Indian Civil Veterinary Department memoirs
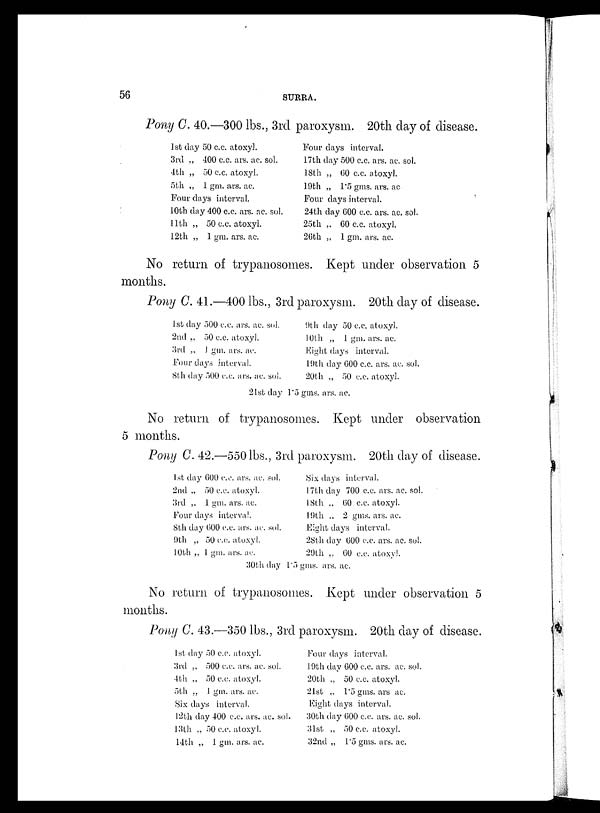
56
SURRA.
Pony C. 40.—300 lbs., 3rd paroxysm. 20th day of disease
1st day 50 c.c. atoxyl.
3rd „ 400 c.c. ars. ac. sol.
4th „ 50 c.c. atoxyl.
5th „ 1 gm. ars. ac.
Four days interval.
10th day 400 c.c. ars. ac. sol.
11th „ 50 c.c. atoxyl.
12th „ 1 gm. ars. ac.
Four days interval.
17th day 500 c.c. ars. ac. sol.
18th „ 60 c.c. atoxyl.
19th „ 1.5 gms. ars. ac.
Four days interval.
24th day G00 c.c. ars. ac. sol.
25th „ 60 c.c. atoxyl.
26th „ 1 gm. ars. ac.
No return of trypanosomes. Kept under observation 5
months.
Pony C. 41.—400 lbs., 3rd paroxysm. 20th day of disease.
1st day 500 c.c. ars. ac. sol,
2nd „ 50 c.c. atoxyl.
3rd „ 1 gm. ars. ac.
Four days interval.
8th day 500 c.c. ars. ac. sol.
9th day 50 c.c. atoxyl.
10th „ 1 gm. ars. ac.
Eight days interval.
19th day 600 c.c. ars. ac. sol.
20th „ 50 c.c. atoxyl.
21st day 1.5 gms. ars. ac.
No return of trypanosomes. Kept under observation
5 months.
Pony C. 42.—550 lbs., 3rd paroxysm. 20th day of disease.
1st day 600 c.c. ars. ac. sol.
2nd „ 50 c.c. atoxyl.
3rd „ 1 gm. ars. ac.
Four days interval.
8th day 600 c.c. ars. ac. sol.
9th „ 50 c.c. atoxyl.
10th „ 1 gm. ars. ac.
Six days interval.
17th day 700 c.c. ars. ac. sol.
18th ., 60 c.c. atoxyl.
19th ., 2 gms. ars. ac.
Eight days interval.
28th day 600 c.c. ars. ac. sol.
29th „ 60 c.c. atoxyl.
30th day 1.5 gms. ars. ac.
No return of trypanosomes. Kept under observation 5
months.
Pony C. 43.—350 lbs., 3rd paroxysm. 20th day of disease.
1st day 50 c.c. atoxyl.
3rd „ 500 c.c. ars. ac. sol.
4th „ 50 c.c. atoxyl.
5th ., 1 gm. ars. ac.
Six days interval.
12th day 400 c.c. ars. ac. sol.
13th „ 50 c.c. atoxyl.
14th „ 1 gm. ars. ac.
Four days interval.
19th day 600 c.c. ars. ac. sol.
20th „ 50 c.c. atoxyl.
21st „ 1.5 gms. ars ac.
Eight days interval.
30th day 600 c.c. ars. ac. sol.
31st „ 50 c.c. atoxyl.
32nd „ 1.5 gms. ars. ac.